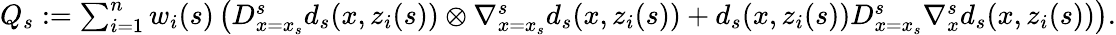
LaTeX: \begin{array}{r}{Q_{s}:=\sum_{i=1}^{n}w_{i}(s)\left(D_{x=x_{s}}^{s}d_{s}(x,z_{i}(s))\otimes\nabla_{x=x_{s}}^{s}d_{s}(x,z_{i}(s))+d_{s}(x,z_{i}(s))D_{x=x_{s}}^{s}\nabla_{x}^{s}d_{s}(x,z_{i}(s))\right).}\end{array}